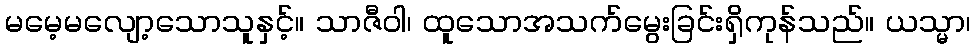
မမေ့မလျော့သောသူနှင့်။ သာဇီဝါ၊ ထူသောအသက်မွေးခြင်းရှိကုန်သည်။ ယသ္မာ၊